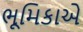
ભૂમિકાએ